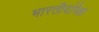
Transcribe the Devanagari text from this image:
भारतीयांपेक्षा